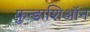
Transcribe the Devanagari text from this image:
फ़ुन्डाशिऑन